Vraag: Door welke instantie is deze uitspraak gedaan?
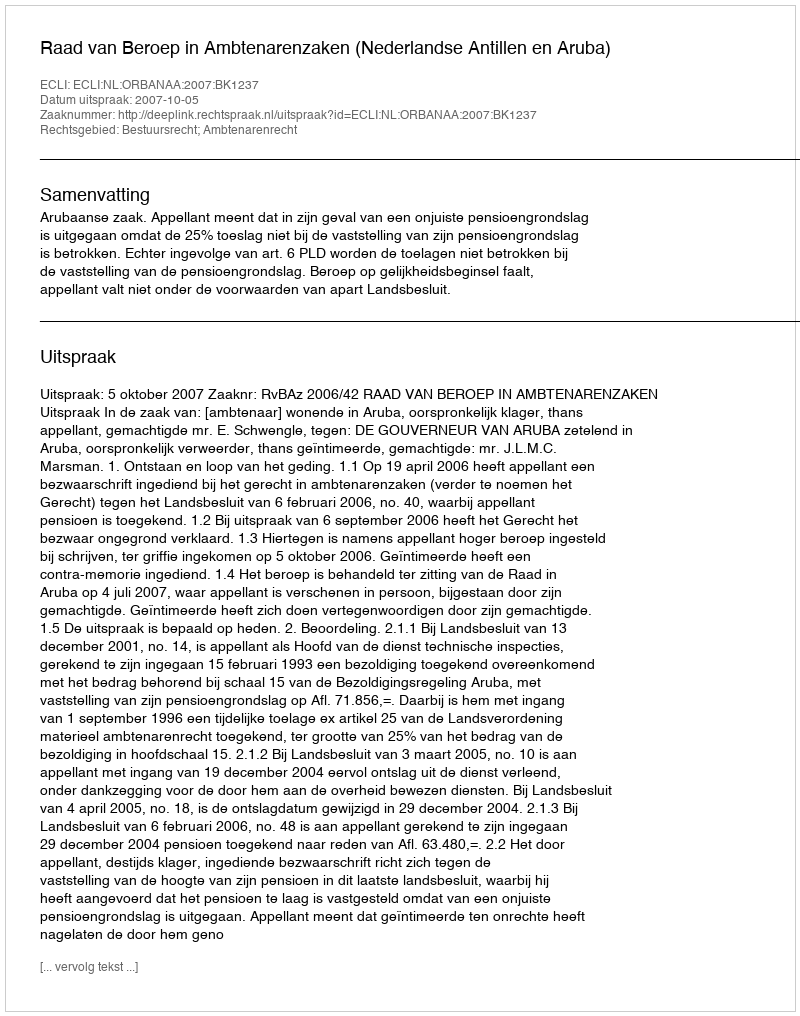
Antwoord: Raad van Beroep in Ambtenarenzaken (Nederlandse Antillen en Aruba)